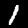
Label: 1